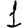
Digit: 1